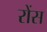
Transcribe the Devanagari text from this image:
रोंस